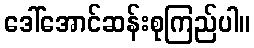
ဒေါ်အောင်ဆန်းစုကြည်ပါ။